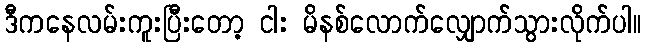
ဒီကနေလမ်းကူးပြီးတော့ ငါး မိနစ်လောက်လျှောက်သွားလိုက်ပါ။